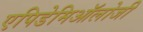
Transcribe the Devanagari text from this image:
एपिडेमिऑलोजी